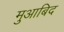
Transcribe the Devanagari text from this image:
मुआबिद